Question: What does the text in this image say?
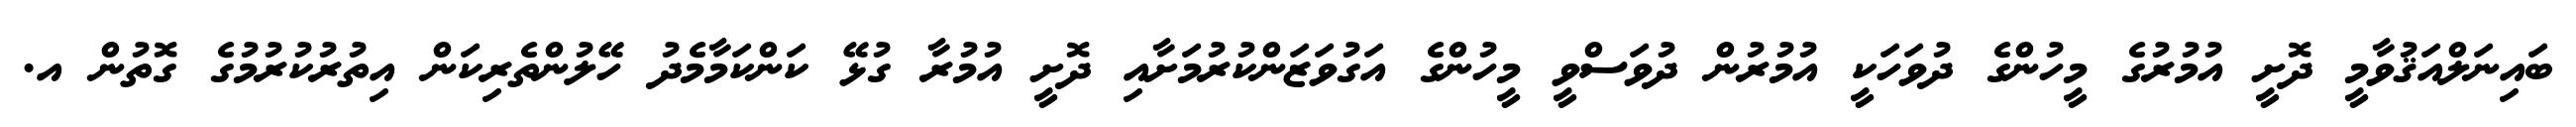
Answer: ބައިނަލްއަޤުވާމީ ދޮށީ އުމުރުގެ މީހުންގެ ދުވަހަކީ އުމުރުން ދުވަސްވީ މީހުންގެ އަގުވަޒަންކުރުމަށާއި ދޮށީ އުމުރާ ގުޅޭ ކަންކަމާމެދު ހޭލުންތެރިކަން އިތުރުކުރުމުގެ ގޮތުން އ.